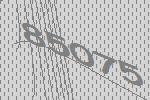
85075